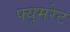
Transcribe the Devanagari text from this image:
फ्यूमरेट